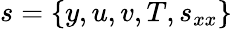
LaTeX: s=\{ y,u,v,T,s_{xx}\}